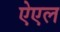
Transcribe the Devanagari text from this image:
ऐएल